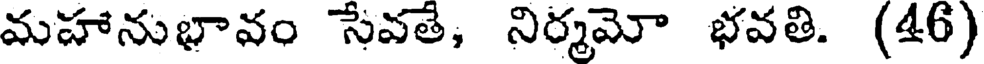
మహానుభావం సేవతే, నిర్మమో భవతి. (46)